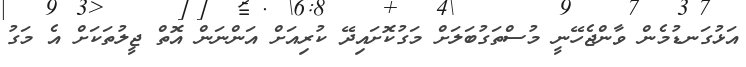
އަޅުގަނޑުމެން ވާންޖެހޭނީ މުސްތަގުބަލަށް މަގުކޮށައިދޭ ކުރިއަށް އަންނަން އޮތް ޖީލުތަކަށް އެ މަގު